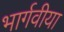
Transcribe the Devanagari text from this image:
भार्गवीया